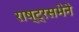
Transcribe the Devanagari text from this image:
राष्ट्रसभेने